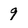
Character: 9